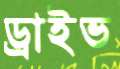
ড্রাইভ